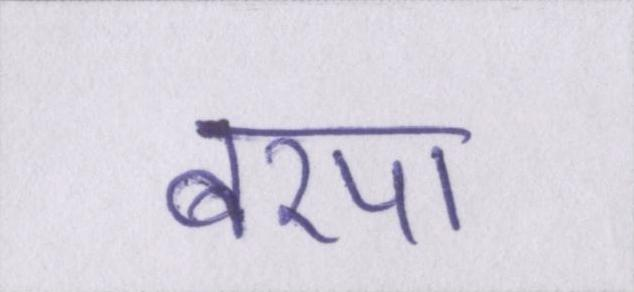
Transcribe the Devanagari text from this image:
बरपा